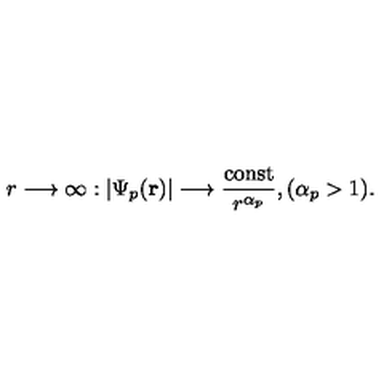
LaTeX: r \longrightarrow \infty : | \Psi _ { p } ( { \bf r } ) | \longrightarrow \frac { \mathrm { c o n s t } } { r ^ { \alpha _ { p } } } , ( \alpha _ { p } > 1 ) .